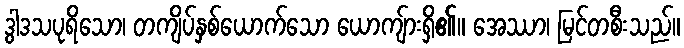
ဒွါဒသပုရိသော၊ တကျိပ်နှစ်ယောက်သော ယောကျ်ားရှိ၏။ အေဿာ၊ မြင်တစီးသည်။